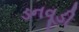
ડનવૂડી